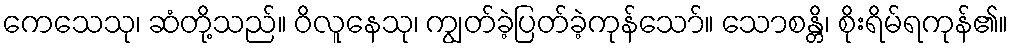
ကေသေသု၊ ဆံတို့သည်။ ဝိလူနေသု၊ ကျွတ်ခဲ့ပြတ်ခဲ့ကုန်သော်။ သောစန္တိ၊ စိုးရိမ်ရကုန်၏။